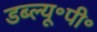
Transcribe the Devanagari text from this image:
डब्ल्यू॰पी॰